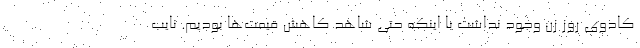
کادوی روز زن وجود نداشت با اینکه حتی شاهد کاهش قیمت‌ها بودیم. نایب